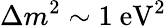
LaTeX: \Delta m^{2}\sim 1~\mathrm{eV}^{2}